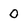
Character: 0